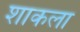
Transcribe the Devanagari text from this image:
शाकला